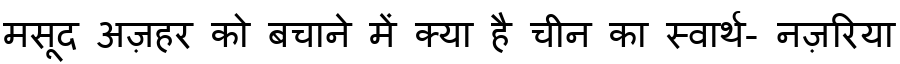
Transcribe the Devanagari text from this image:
मसूद अज़हर को बचाने में क्या है चीन का स्वार्थ- नज़रिया